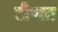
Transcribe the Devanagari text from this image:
लेप्सा